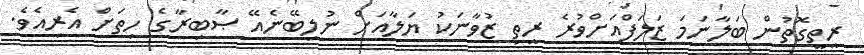
ރީތީގޮތުން ބަލާނަމަ ޒަލަފްއަށްވުރެ ރީތި ޒުވާނަކު ޔަލާއަށް ނުލިބޭނެއޭ ޞާބިރާގެ ހިތަށް އެރިއެވެ.